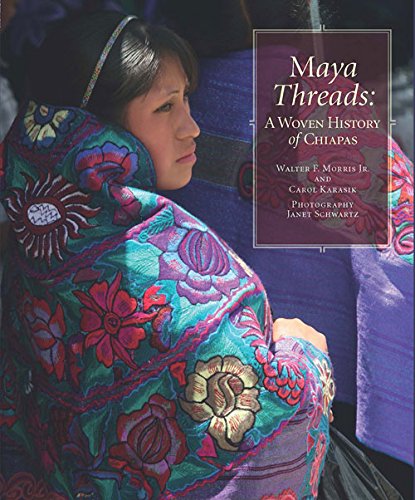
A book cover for Maya Threads: A Woven History of Chiapas; Walter F. Morris  Jr.; Crafts, Hobbies & Home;